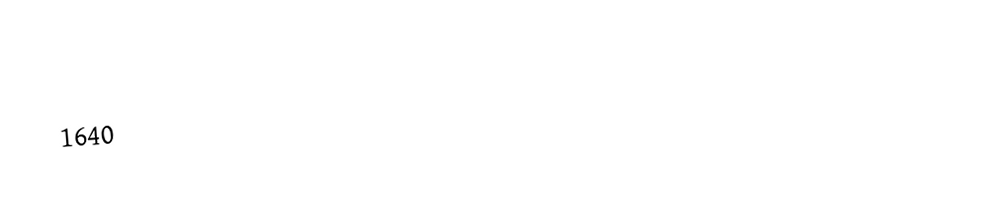

1640